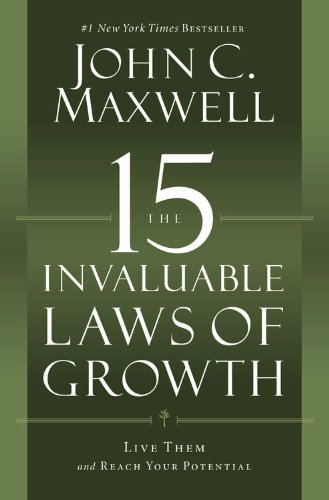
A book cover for The 15 Invaluable Laws of Growth: Live Them and Reach Your Potential; John C. Maxwell; Business & Money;